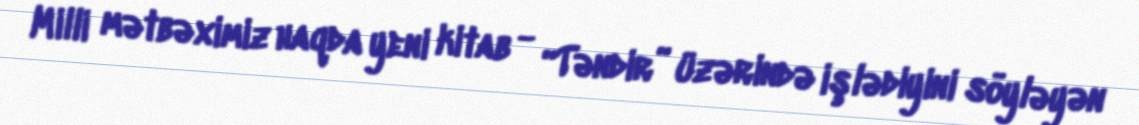
Milli mətbəximiz haqda yeni kitab - “Təndir” üzərində işlədiyini söyləyən